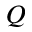
Q